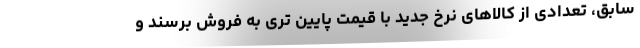
سابق، تعدادی از کالاهای نرخ جدید با قیمت پایین تری به فروش برسند و